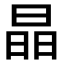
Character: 晶